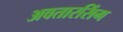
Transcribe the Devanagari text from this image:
अवतारसिंग